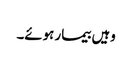
وہیں بیمار ہوئے۔